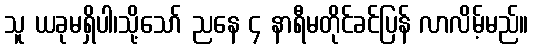
သူ ယခုမရှိပါ၊သို့သော် ညနေ ၄ နာရီမတိုင်ခင်ပြန် လာလိမ့်မည်။